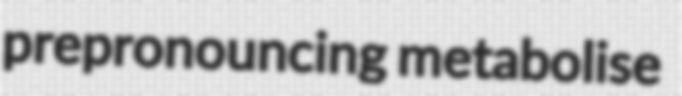
prepronouncing metabolise